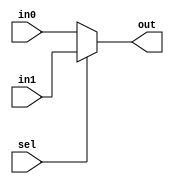
module MUX2  ( 
  output reg [15:0] out,
  input  [15:0] in1,
  input [15:0] in0,
  input sel
  );
  
  always @(*)
		begin
		
		if(sel)
			out = in1 ;
		else
			out = in0 ;
		end
		
  
endmodule